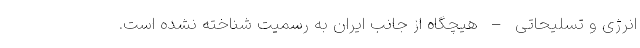
انرژی و تسلیحاتی – هیچگاه از جانب ایران به رسمیت شناخته نشده است.